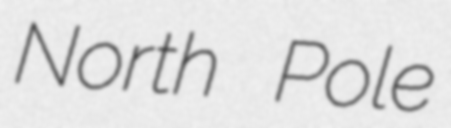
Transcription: North Pole